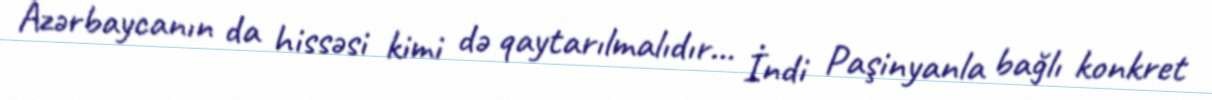
Azərbaycanın da hissəsi kimi də qaytarılmalıdır... İndi Paşinyanla bağlı konkret